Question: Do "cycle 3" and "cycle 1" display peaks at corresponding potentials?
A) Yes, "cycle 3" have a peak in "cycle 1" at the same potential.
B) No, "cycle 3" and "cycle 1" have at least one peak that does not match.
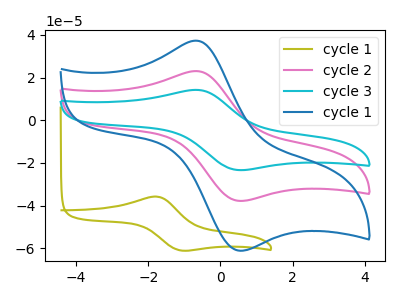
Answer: <think>The olive curve "cycle 1" has an anodic peak at (-1.75V, -35.75uA) and a cathodic peak at (-1.10V, -60.95uA). The pink curve "cycle 2" has an anodic peak at (-0.65V, 23.05uA) and a cathodic peak at (0.55V, -37.80uA). The cyan curve "cycle 3" has an anodic peak at (-0.65V, 46.10uA) and a cathodic peak at (0.55V, -75.55uA). The blue curve "cycle 1" has an anodic peak at (-0.65V, 37.30uA) and a cathodic peak at (0.55V, -61.15uA).</think>
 <answer>A) Yes, "cycle 3" have a peak in "cycle 1" at the same potential.</answer>
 <eval>A</eval>